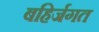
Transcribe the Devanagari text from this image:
बहिर्जगत